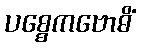
ပစ္စေကဗောဓိံ